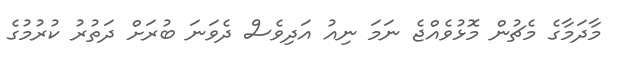
މާދަމާގެ މެޗުން މޮޅުވެއްޖެ ނަމަ ނިއު އަދިވެސް ދެވަނަ ބުރަށް ދަތުރު ކުރުމުގެ